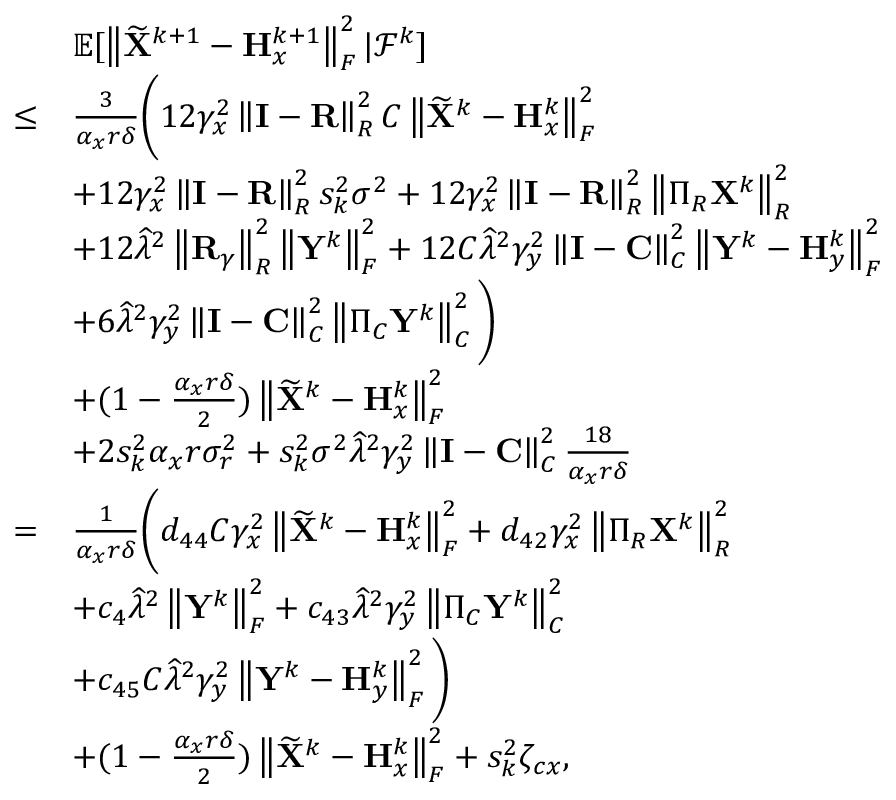
\begin{array} { r l } & { { \mathbb { E } } [ \left\| \widetilde { { \mathbf { X } } } ^ { k + 1 } - { \mathbf { H } } _ { x } ^ { k + 1 } \right\| _ { F } ^ { 2 } \vert { \mathcal { F } } ^ { k } ] } \\ { \leq } & { \frac { 3 } { \alpha _ { x } r \delta } \Bigg ( 1 2 \gamma _ { x } ^ { 2 } \left\| { \mathbf { I } } - { \mathbf { R } } \right\| _ { R } ^ { 2 } C \left\| \widetilde { { \mathbf { X } } } ^ { k } - { \mathbf { H } } _ { x } ^ { k } \right\| _ { F } ^ { 2 } } \\ & { + 1 2 \gamma _ { x } ^ { 2 } \left\| { \mathbf { I } } - { \mathbf { R } } \right\| _ { R } ^ { 2 } s _ { k } ^ { 2 } \sigma ^ { 2 } + 1 2 \gamma _ { x } ^ { 2 } \left\| { \mathbf { I } } - { \mathbf { R } } \right\| _ { R } ^ { 2 } \left\| \Pi _ { R } { \mathbf { X } } ^ { k } \right\| _ { R } ^ { 2 } } \\ & { + 1 2 \widehat { \lambda } ^ { 2 } \left\| { \mathbf { R } } _ { \gamma } \right\| _ { R } ^ { 2 } \left\| { \mathbf { Y } } ^ { k } \right\| _ { F } ^ { 2 } + 1 2 C \widehat { \lambda } ^ { 2 } \gamma _ { y } ^ { 2 } \left\| { \mathbf { I } } - { \mathbf { C } } \right\| _ { C } ^ { 2 } \left\| { \mathbf { Y } } ^ { k } - { \mathbf { H } } _ { y } ^ { k } \right\| _ { F } ^ { 2 } } \\ & { + 6 \widehat { \lambda } ^ { 2 } \gamma _ { y } ^ { 2 } \left\| { \mathbf { I } } - { \mathbf { C } } \right\| _ { C } ^ { 2 } \left\| \Pi _ { C } { \mathbf { Y } } ^ { k } \right\| _ { C } ^ { 2 } \Bigg ) } \\ & { + ( 1 - \frac { \alpha _ { x } r \delta } { 2 } ) \left\| \widetilde { { \mathbf { X } } } ^ { k } - { \mathbf { H } } _ { x } ^ { k } \right\| _ { F } ^ { 2 } } \\ & { + 2 s _ { k } ^ { 2 } \alpha _ { x } r \sigma _ { r } ^ { 2 } + s _ { k } ^ { 2 } \sigma ^ { 2 } \widehat { \lambda } ^ { 2 } \gamma _ { y } ^ { 2 } \left\| { \mathbf { I } } - { \mathbf { C } } \right\| _ { C } ^ { 2 } \frac { 1 8 } { \alpha _ { x } r \delta } } \\ { = } & { \frac { 1 } { \alpha _ { x } r \delta } \Bigg ( d _ { 4 4 } C \gamma _ { x } ^ { 2 } \left\| \widetilde { { \mathbf { X } } } ^ { k } - { \mathbf { H } } _ { x } ^ { k } \right\| _ { F } ^ { 2 } + d _ { 4 2 } \gamma _ { x } ^ { 2 } \left\| \Pi _ { R } { \mathbf { X } } ^ { k } \right\| _ { R } ^ { 2 } } \\ & { + c _ { 4 } \widehat { \lambda } ^ { 2 } \left\| { \mathbf { Y } } ^ { k } \right\| _ { F } ^ { 2 } + c _ { 4 3 } \widehat { \lambda } ^ { 2 } \gamma _ { y } ^ { 2 } \left\| \Pi _ { C } { \mathbf { Y } } ^ { k } \right\| _ { C } ^ { 2 } } \\ & { + c _ { 4 5 } C \widehat { \lambda } ^ { 2 } \gamma _ { y } ^ { 2 } \left\| { \mathbf { Y } } ^ { k } - { \mathbf { H } } _ { y } ^ { k } \right\| _ { F } ^ { 2 } \Bigg ) } \\ & { + ( 1 - \frac { \alpha _ { x } r \delta } { 2 } ) \left\| \widetilde { { \mathbf { X } } } ^ { k } - { \mathbf { H } } _ { x } ^ { k } \right\| _ { F } ^ { 2 } + s _ { k } ^ { 2 } \zeta _ { c x } , } \end{array}